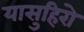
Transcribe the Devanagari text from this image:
यासुहिरो